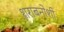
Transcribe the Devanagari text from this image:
शराबनोशी